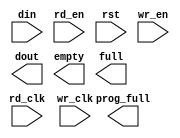
module rxfifo_8kx9_to_72(
	din,
	rd_clk,
	rd_en,
	rst,
	wr_clk,
	wr_en,
	dout,
	empty,
	full,
	prog_full);


input [8 : 0] din;
input rd_clk;
input rd_en;
input rst;
input wr_clk;
input wr_en;
output [71 : 0] dout;
output empty;
output full;
output prog_full;

// synthesis translate_off

      FIFO_GENERATOR_V3_2 #(
		.C_COMMON_CLOCK(0),
		.C_COUNT_TYPE(0),
		.C_DATA_COUNT_WIDTH(10),
		.C_DEFAULT_VALUE("BlankString"),
		.C_DIN_WIDTH(9),
		.C_DOUT_RST_VAL("0"),
		.C_DOUT_WIDTH(72),
		.C_ENABLE_RLOCS(0),
		.C_FAMILY("virtex2p"),
		.C_HAS_ALMOST_EMPTY(0),
		.C_HAS_ALMOST_FULL(0),
		.C_HAS_BACKUP(0),
		.C_HAS_DATA_COUNT(0),
		.C_HAS_MEMINIT_FILE(0),
		.C_HAS_OVERFLOW(0),
		.C_HAS_RD_DATA_COUNT(0),
		.C_HAS_RD_RST(0),
		.C_HAS_RST(1),
		.C_HAS_SRST(0),
		.C_HAS_UNDERFLOW(0),
		.C_HAS_VALID(0),
		.C_HAS_WR_ACK(0),
		.C_HAS_WR_DATA_COUNT(0),
		.C_HAS_WR_RST(0),
		.C_IMPLEMENTATION_TYPE(2),
		.C_INIT_WR_PNTR_VAL(0),
		.C_MEMORY_TYPE(1),
		.C_MIF_FILE_NAME("BlankString"),
		.C_OPTIMIZATION_MODE(0),
		.C_OVERFLOW_LOW(0),
		.C_PRELOAD_LATENCY(1),
		.C_PRELOAD_REGS(0),
		.C_PRIM_FIFO_TYPE("4kx9"),
		.C_PROG_EMPTY_THRESH_ASSERT_VAL(9),
		.C_PROG_EMPTY_THRESH_NEGATE_VAL(10),
		.C_PROG_EMPTY_TYPE(0),
		.C_PROG_FULL_THRESH_ASSERT_VAL(6100),
		.C_PROG_FULL_THRESH_NEGATE_VAL(6099),
		.C_PROG_FULL_TYPE(1),
		.C_RD_DATA_COUNT_WIDTH(10),
		.C_RD_DEPTH(1024),
		.C_RD_FREQ(100),
		.C_RD_PNTR_WIDTH(10),
		.C_UNDERFLOW_LOW(0),
		.C_USE_FIFO16_FLAGS(0),
		.C_VALID_LOW(0),
		.C_WR_ACK_LOW(0),
		.C_WR_DATA_COUNT_WIDTH(10),
		.C_WR_DEPTH(8192),
		.C_WR_FREQ(100),
		.C_WR_PNTR_WIDTH(13),
		.C_WR_RESPONSE_LATENCY(1))
	inst (
		.DIN(din),
		.RD_CLK(rd_clk),
		.RD_EN(rd_en),
		.RST(rst),
		.WR_CLK(wr_clk),
		.WR_EN(wr_en),
		.DOUT(dout),
		.EMPTY(empty),
		.FULL(full),
		.PROG_FULL(prog_full),
		.CLK(),
		.BACKUP(),
		.BACKUP_MARKER(),
		.PROG_EMPTY_THRESH(),
		.PROG_EMPTY_THRESH_ASSERT(),
		.PROG_EMPTY_THRESH_NEGATE(),
		.PROG_FULL_THRESH(),
		.PROG_FULL_THRESH_ASSERT(),
		.PROG_FULL_THRESH_NEGATE(),
		.RD_RST(),
		.SRST(),
		.WR_RST(),
		.ALMOST_EMPTY(),
		.ALMOST_FULL(),
		.DATA_COUNT(),
		.OVERFLOW(),
		.PROG_EMPTY(),
		.VALID(),
		.RD_DATA_COUNT(),
		.UNDERFLOW(),
		.WR_ACK(),
		.WR_DATA_COUNT());


// synthesis translate_on

endmodule